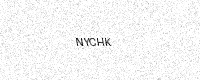
Text: NYCHK